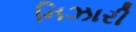
નિઝારી